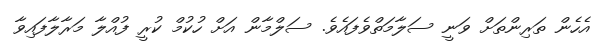
އެހެން ތަރިންތަށް ވަނީ ސަލާމަތްވެފައެވެ. ސަލްމާން އަށް ހުކުމް ކުރީ ފުއްލާ މަރާލާފައިވާ